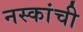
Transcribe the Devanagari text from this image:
नस्कांची